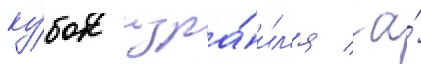
ку́бок изра́ил'я / а́